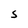
Character: S